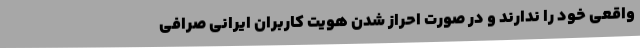
واقعی خود را ندارند و در صورت احراز شدن هویت کاربران ایرانی صرافی